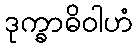
ဒုက္ခာဓိဝါဟံ